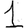
Digit: 1